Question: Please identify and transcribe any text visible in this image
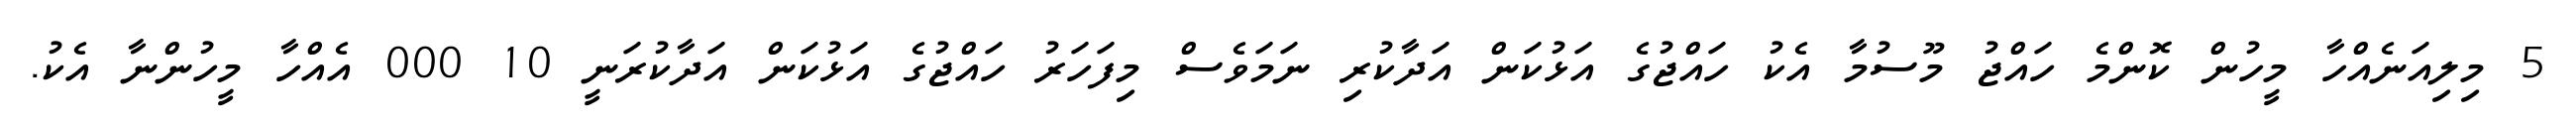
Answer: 5 މިލިއަނެއްހާ މީހުން ކޮންމެ ހައްޖު މޫސުމާ އެކު ހައްޖުގެ އަޅުކަން އަދާކުރި ނަމަވެސް މިފަހަރު ހައްޖުގެ އަޅުކަން އަދާކުރަނީ 10 000 އެއްހާ މީހުންނާ އެކު.